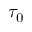
\tau _ { 0 }